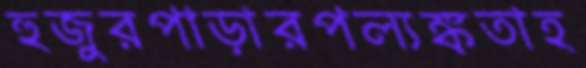
হুজুরপাড়ারপল্যঙ্কতাহ